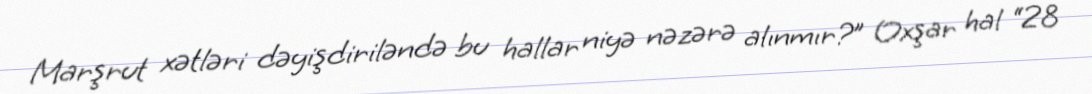
Marşrut xətləri dəyişdiriləndə bu hallar niyə nəzərə alınmır?” Oxşar hal “28